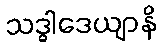
သဒ္ဓါဒေယျာနိ